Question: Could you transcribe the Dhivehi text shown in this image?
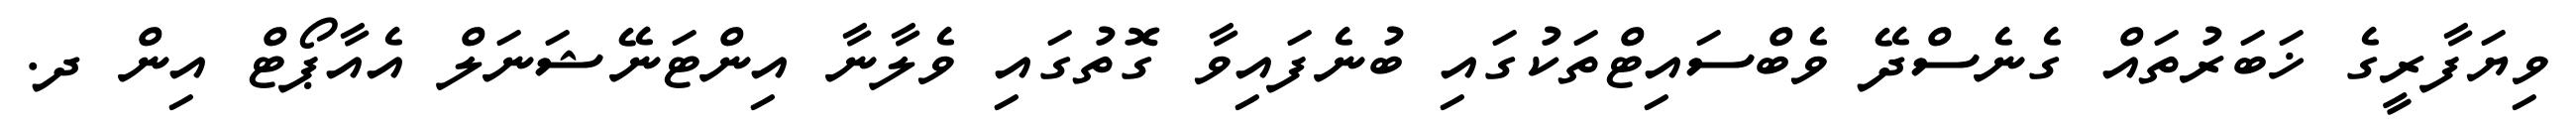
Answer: ވިޔަފާރީގެ ޚަބަރުތައް ގެނެސްދޭ ވެބްސައިޓްތަކުގައި ބުނެފައިވާ ގޮތުގައި ވެލާނާ އިންޓަނޭޝަނަލް އެއާޕޯޓް އިން ދ.